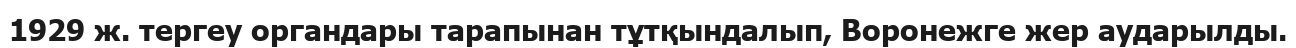
1929 ж. тергеу органдары тарапынан тұтқындалып, Воронежге жер аударылды.